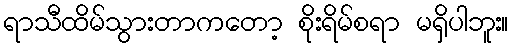
ရာသီထိမ်သွားတာကတော့ စိုးရိမ်စရာ မရှိပါဘူး။